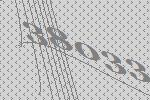
38033